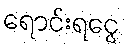
ရောင်းရငွေ